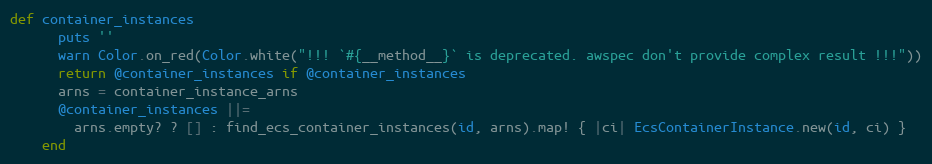
Language: Ruby
def container_instances
      puts ''
      warn Color.on_red(Color.white("!!! `#{__method__}` is deprecated. awspec don't provide complex result !!!"))
      return @container_instances if @container_instances
      arns = container_instance_arns
      @container_instances ||=
        arns.empty? ? [] : find_ecs_container_instances(id, arns).map! { |ci| EcsContainerInstance.new(id, ci) }
    end